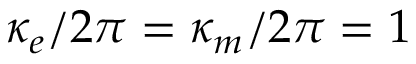
\kappa _ { e } / 2 \pi = \kappa _ { m } / 2 \pi = 1